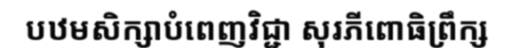
បឋមសិក្សាបំពេញវិជ្ជា សុរភីពោធិព្រឹក្ស